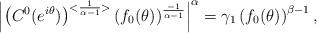
LaTeX: \begin{align*} \left|\left(C^0(e^{i\theta}) \right)^{<\frac{1}{\alpha - 1}>} (f_0(\theta))^{\frac{-1}{\alpha - 1}} \right|^{\alpha}= \gamma_1 \left(f_0(\theta)\right)^{\beta - 1},\end{align*}